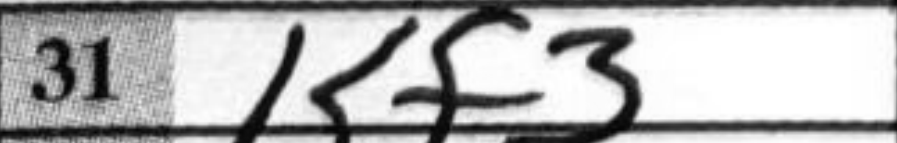
Transcription: Kf3